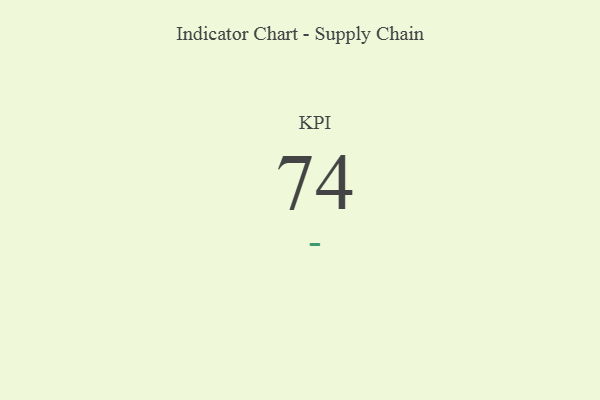
{"axis": {"x": "KPI", "y": "Value"}, "legend": [""], "data": [{"x": "KPI", "y": 74, "type": ""}]}